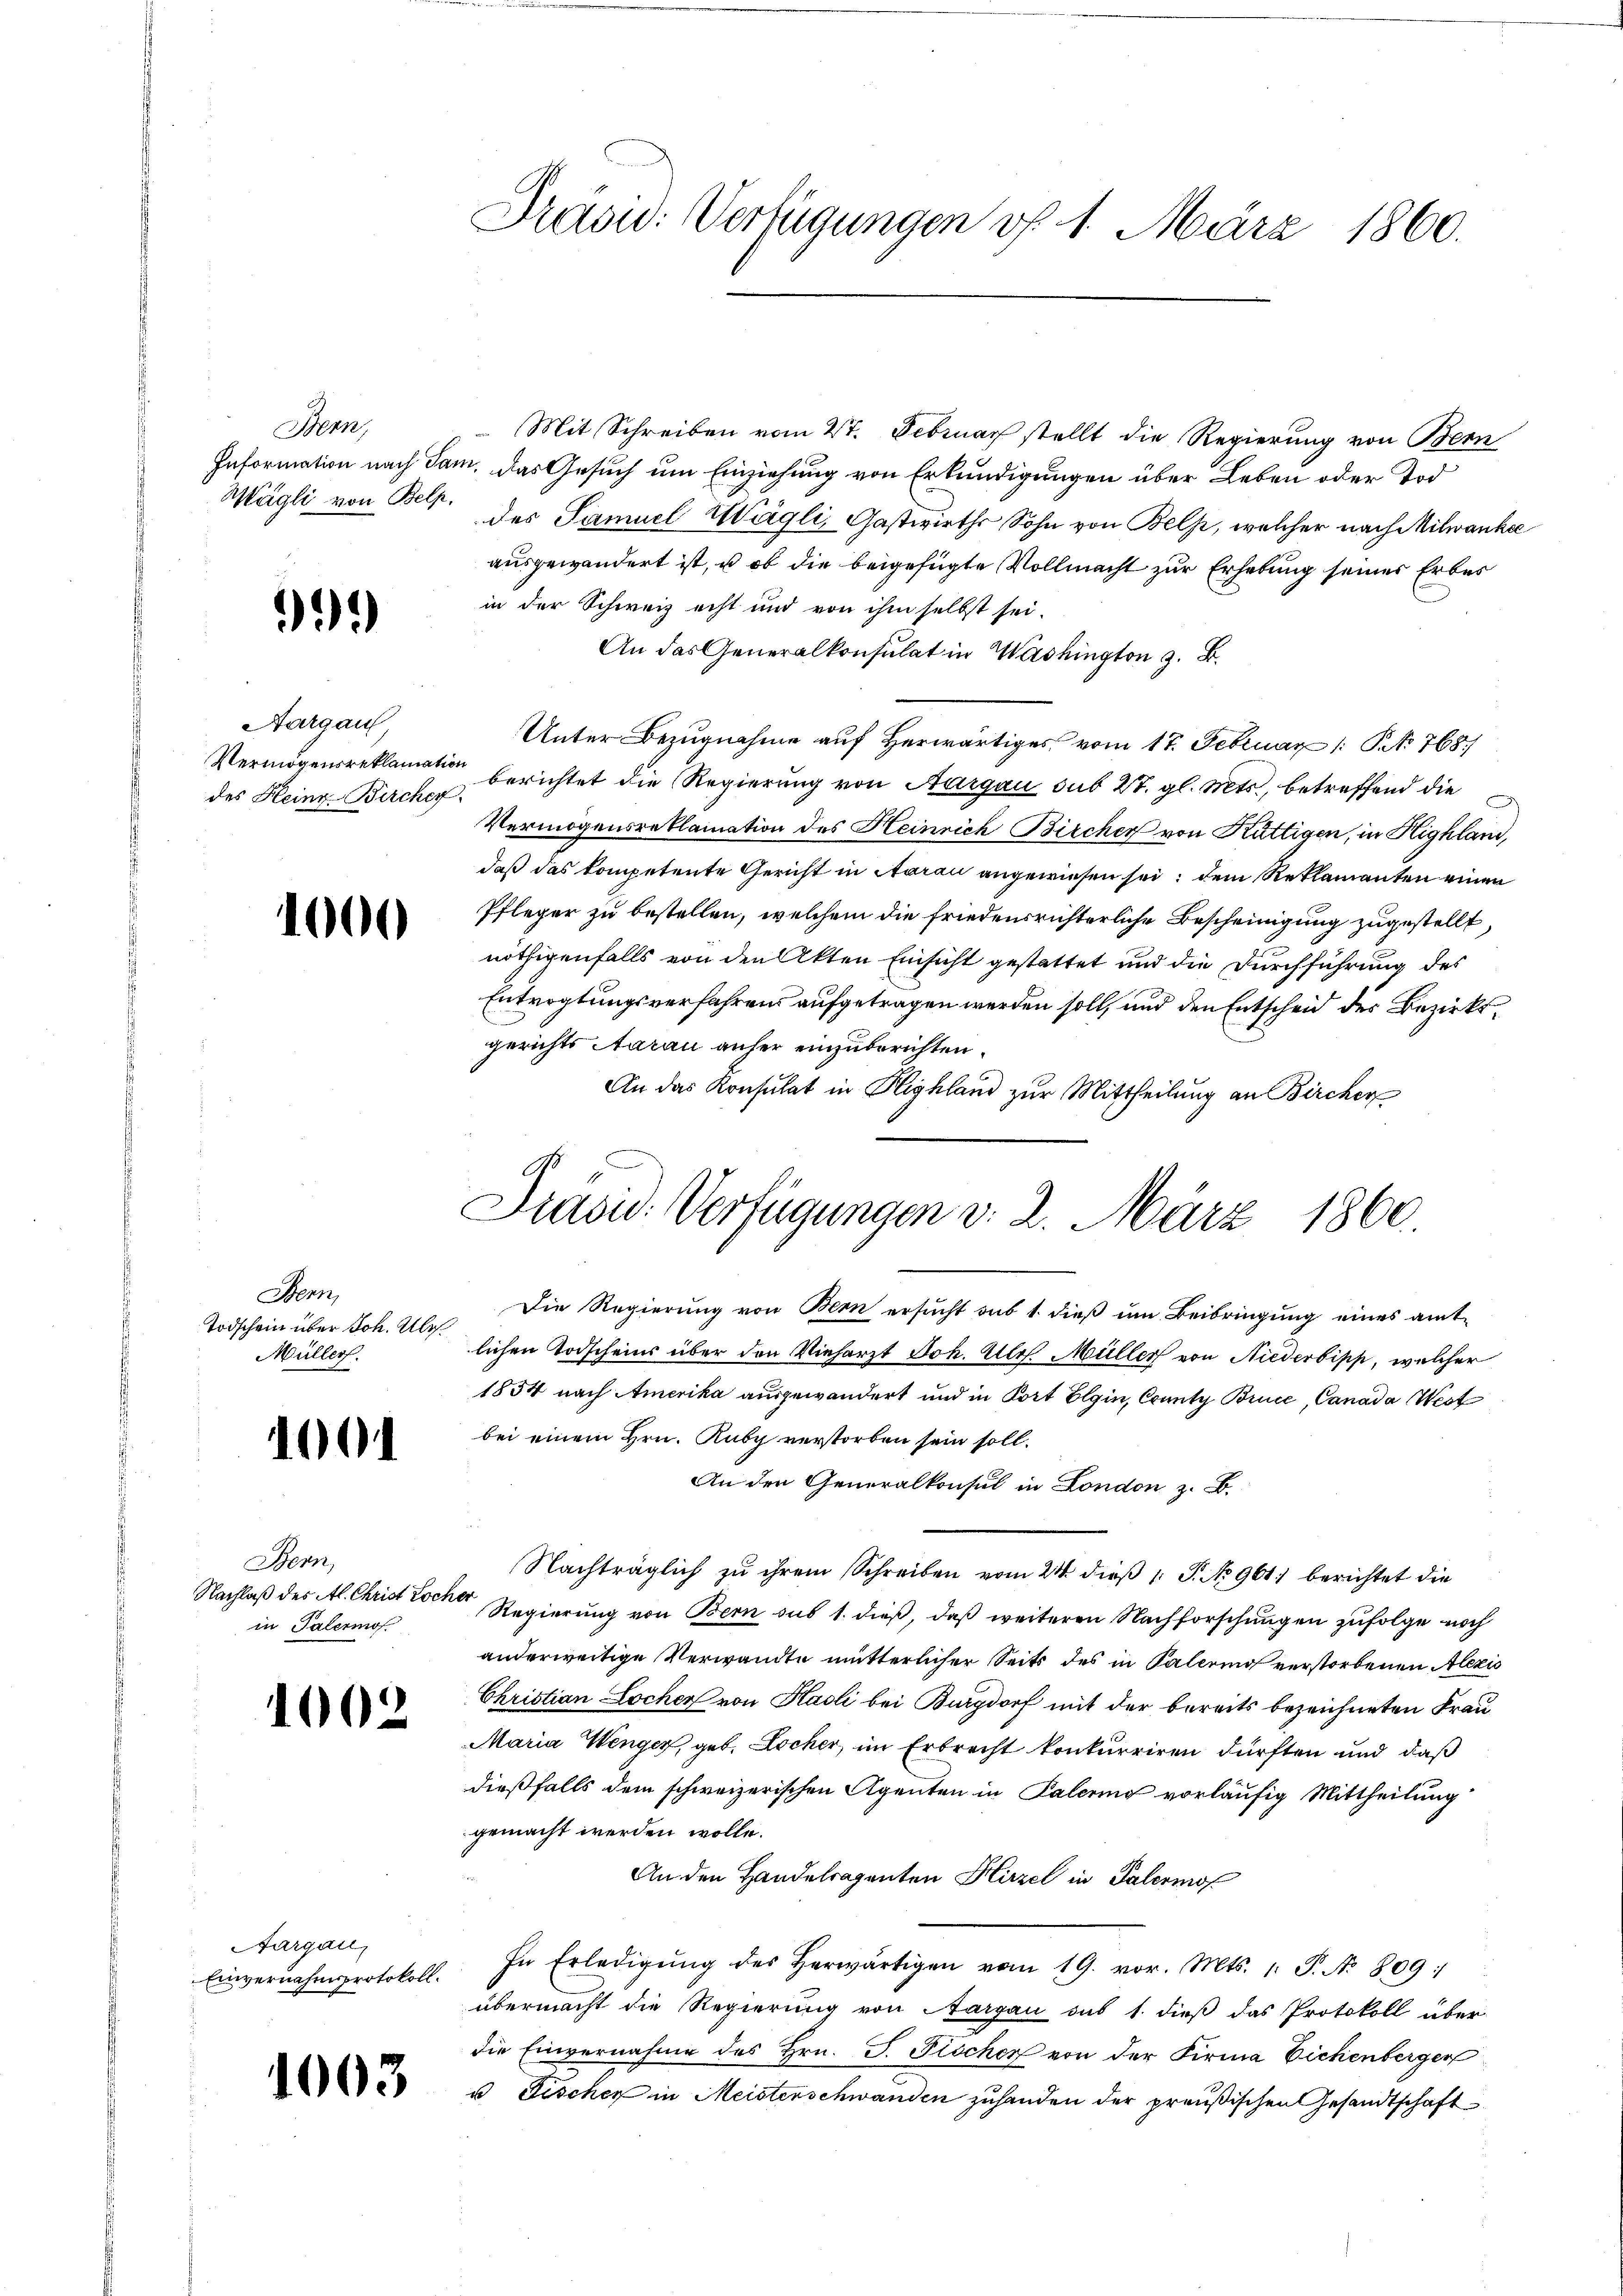
Bern,

1)

Aargau,
des Heinz-Bircher

1000

Bern,
Todschein über Joh. Ulr.
Müller.

1001

Bern,
Nachlaß des Al. Christ Locher
in Palermof

1002

Aargau,
Einvernahmsprotokoll.

1003

Präsid. Verfügungen v. 1. März 1860.

Präsid. Verfügungen v. 2. März 1860.

Mit Schreiben vom 2t. Februar stellt die Regierung von Bern
Information nach Sam, das Gesuch um Einziehung von Erkundigungen über Leben oder Tod
Mägli von Bett. des Samuel Wägli, Gastwirths Sohn von Bels, welcher nach Milwanke
ausgewandert ist, u. ob die beigefügte Vollmacht zur Erhebung seines Erbes
in der Schweiz echt und von ihm selbst sei.
An das Generalkonsulat in Washington z. B.
Unter Bezugnahme auf Herwärtiges vom 17. Februar 1 S. 768./
Vermögensreklamation berichtet die Regierung von Aargau sub 27. gl. Mts., betreffend die
Vermögensreklamation des Heinrich Bircher von Kuttigen, in Highland,
daß das kompetente Gericht in Aarau angewiesen sei; dem Reklamanten einen
Pfleger zu bestellen, welchem die friedensrichterliche Bescheinigung zugestellt,
nöthigenfalls von den Akten Einsicht gestattet und die Durchführung des
Entvogtungsverfahrens aufgetragen werden soll, und den Entscheid des Bezirksgerichts Aarau anher einzuberichten.
An das Konsulat in Highland zur Mittheilung an Bircher
Die Regierung von Bern ersucht sub 1. dieß um Beibringung eines amtlichen Todscheins über den Vieharzt Joh. Ulr. Müller von Niederbipp, welcher
1834 nach Amerika ausgewandert und in dort Elgin, County Bruce, Canada West
bei einem Hrn. Ruby verstorben sein soll.
An den Generalkonsul in London z. B.
Nachträglich zu ihrem Schreiben vom 24 dieß 1: P. No 964) berichtet die
Regierung von Bern sub 1. dieß, daß weiteren Nachforschungen zufolge noch
anderweitige Verwandte mutterlicher Seits des in Palerin verstorbenen Alexis
Christian Locher von Hasli bei Burgdorf mit der bereits bezeichneten Frau
Maria Wenger, geb. Locher, im Erbrecht konkurriren dürften und daß
dießfalls dem schweizerischen Agenten in Palering vorläufig Mittheilung
gemacht werden wolle.
An den Handelsagenten Hirzel in Palermo
In Erledigŭng des herwärtigen vom 19. vor. Mts. 1. P. N. 809:
übermacht die Regierung von Aargau sub 1. dieß das Protokoll über
die Einvernahme des Hrn. J. Fischer von der Firma Eichenberger
u Fischer in Meisterschwanden zuhanden der preußischen Gesandtschaft